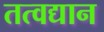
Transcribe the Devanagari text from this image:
तत्वद्यान